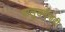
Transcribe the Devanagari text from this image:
पालुङमैनादी